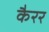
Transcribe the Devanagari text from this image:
कैरर